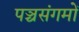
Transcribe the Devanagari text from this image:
पञ्चसंगमों